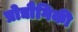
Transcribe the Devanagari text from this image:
प्रोद्यौेगिकी